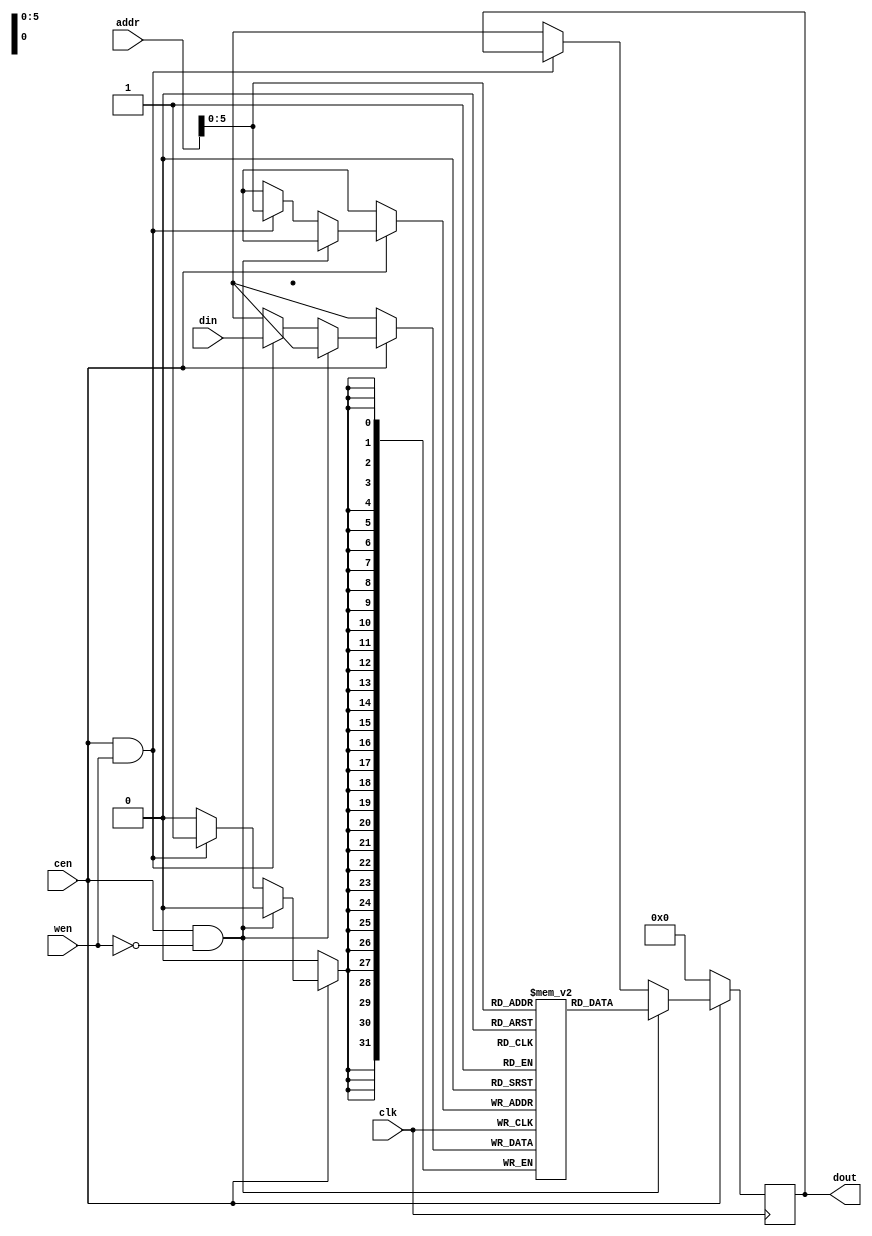
module ram(clk, cen, wen, addr, din, dout);	//RAM
	input clk, wen, cen;
	input [15:0] addr;
	input [31:0] din;
	output reg [31:0] dout;
	
	reg [31:0]	mem [0:63];
	
	integer i;
	
	initial begin
		for(i=0; i<64; i=i+1) begin
			mem[i] = 32'b0;
		end
	end
	
	always @ (posedge clk) begin
		if(cen == 1'b0) dout <= 32'b0;
		else if(cen == 1'b1 && wen == 1'b0) dout <= mem[addr[7:0]];
		else if(cen == 1'b1 && wen == 1'b1)	mem[addr[7:0]] <= din;
		else dout <= 32'bx;
	end
endmodule